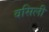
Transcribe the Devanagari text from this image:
वसिली